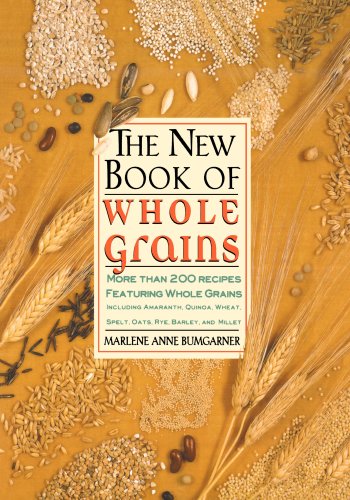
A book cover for The New Book Of Whole Grains: More than 200 recipes featuring whole grains; Marlene A. Bumgarner; Cookbooks, Food & Wine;